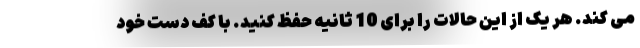
می کند. هر یک از این حالات را برای 10 ثانیه حفظ کنید. با کف دست خود